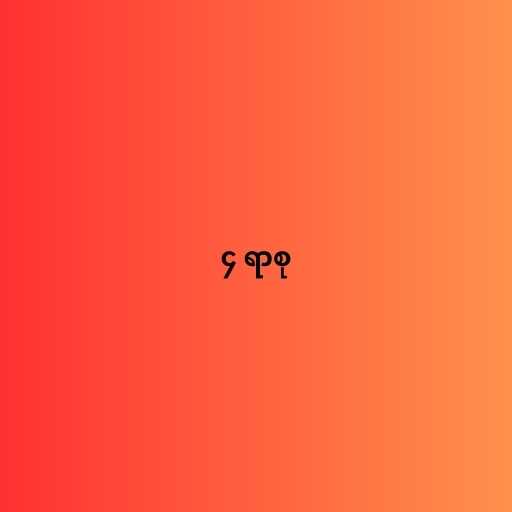
၄ ရာစု